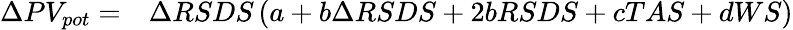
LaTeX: \begin{array}{rl}{\Delta PV_{pot}=}&{{}\Delta RSDS\left(a+b\Delta RSDS+2bRSDS+cTAS+dWS\right)}\end{array}